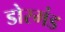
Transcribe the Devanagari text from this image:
डोरमंड